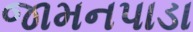
જામનપાડા